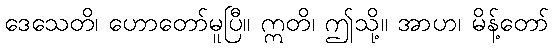
ဒေသေတိ၊ ဟောတော်မူပြီ။ ဣတိ၊ ဤသို့။ အာဟ၊ မိန့်တော်